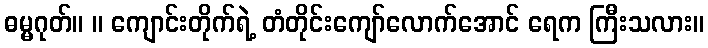
ဓမ္မဂုတ်။ ။ ကျောင်းတိုက်ရဲ့ တံတိုင်းကျော်လောက်အောင် ရေက ကြီးသလား။